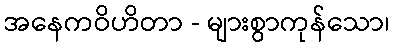
အနေကဝိဟိတာ - များစွာကုန်သော၊